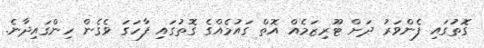
ގޮތުގައި ފެންވަރު ދަށް ޓޫރިޒަމެއް އޮތް ގައުމެއްގެ ގޮތުގައި ފާހަގަ ވެގެން ހިންގައިދާނެ.